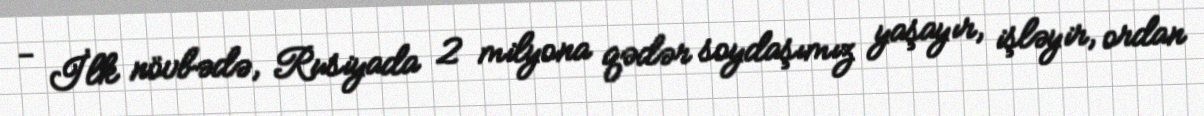
- İlk növbədə, Rusiyada 2 milyona qədər soydaşımız yaşayır, işləyir, ordan